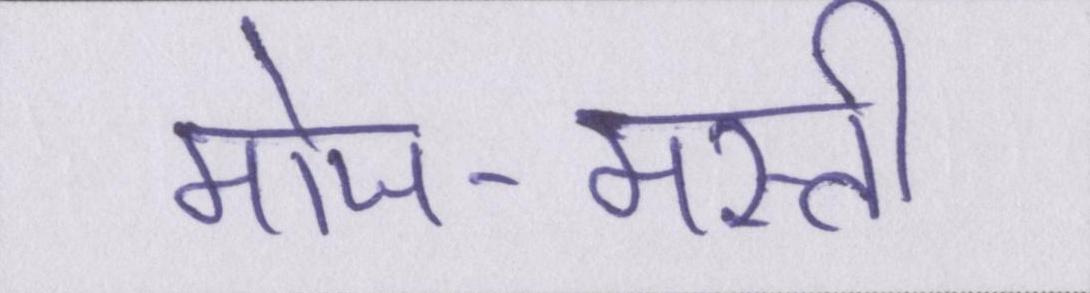
मोज-मस्ती